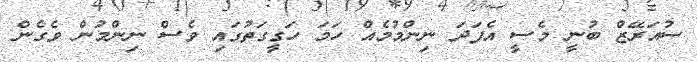
ސުއަރޭޒް ބުނީ މެސީ އެފަދަ ނިންމުމެއް ހަމަ ހަގީގަތުގައި ވެސް ނިންމުން ވެގެން